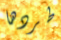
طردها